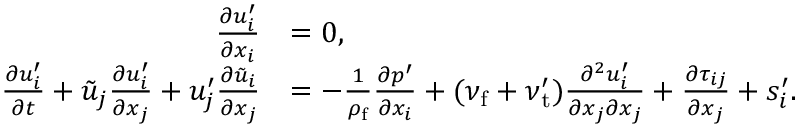
\begin{array} { r l } { \frac { \partial u _ { i } ^ { \prime } } { \partial x _ { i } } } & { = 0 , } \\ { \frac { \partial { u } _ { i } ^ { \prime } } { \partial t } + \tilde { u } _ { j } \frac { \partial u _ { i } ^ { \prime } } { \partial x _ { j } } + u _ { j } ^ { \prime } \frac { \partial \tilde { u } _ { i } } { \partial x _ { j } } } & { = - \frac { 1 } { \rho _ { \mathrm { f } } } \frac { \partial p ^ { \prime } } { \partial x _ { i } } + ( \nu _ { \mathrm { f } } + \nu _ { \mathrm { t } } ^ { \prime } ) \frac { \partial ^ { 2 } u _ { i } ^ { \prime } } { \partial x _ { j } \partial x _ { j } } + \frac { \partial \tau _ { i j } } { \partial x _ { j } } + s _ { i } ^ { \prime } . } \end{array}